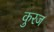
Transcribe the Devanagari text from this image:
कुरज